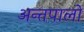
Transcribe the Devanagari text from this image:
अन्तपालों